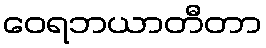
ဝေရဘယာတီတာ